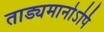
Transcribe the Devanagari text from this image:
ताड्यमानोऽपि